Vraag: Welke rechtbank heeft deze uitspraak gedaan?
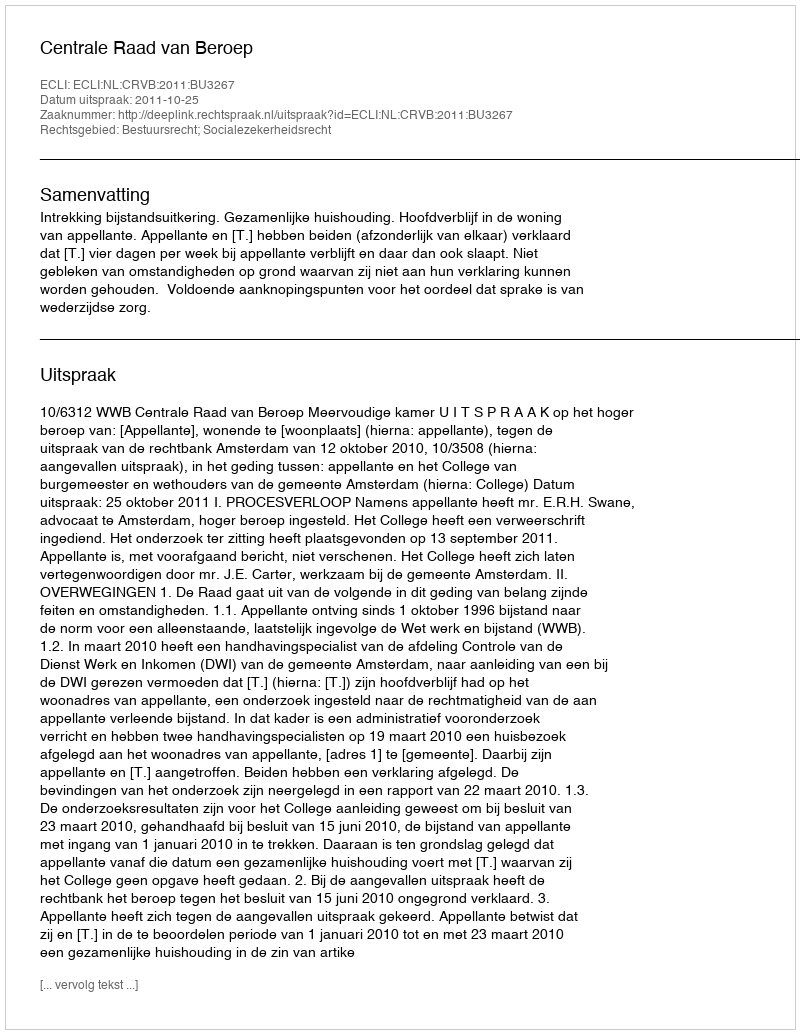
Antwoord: Centrale Raad van Beroep